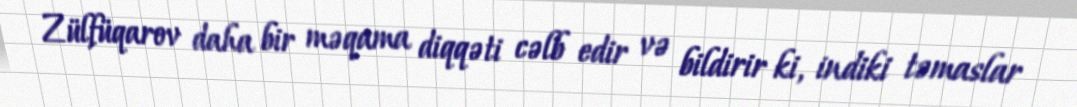
Zülfüqarov daha bir məqama diqqəti cəlb edir və bildirir ki, indiki təmaslar